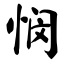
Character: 悯